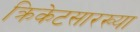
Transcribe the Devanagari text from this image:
क्रिकेटसारख्या